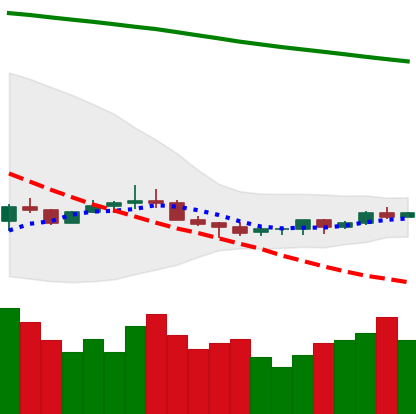
Ticker: ETC-USD
Chart end date: 2022-07-09
Forward return: -7.376%
Label: down_7plus